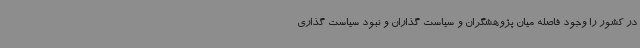
در کشور را وجود فاصله میان پژوهشگران و سیاست گذاران و نبود سیاست گذاری